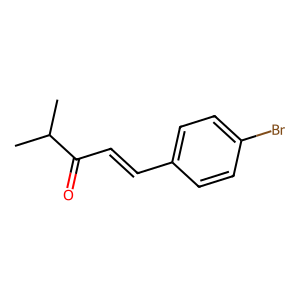
SMILES: CC(C)C(=O)C=Cc1ccc(Br)cc1
Inhibits HIV replication: No